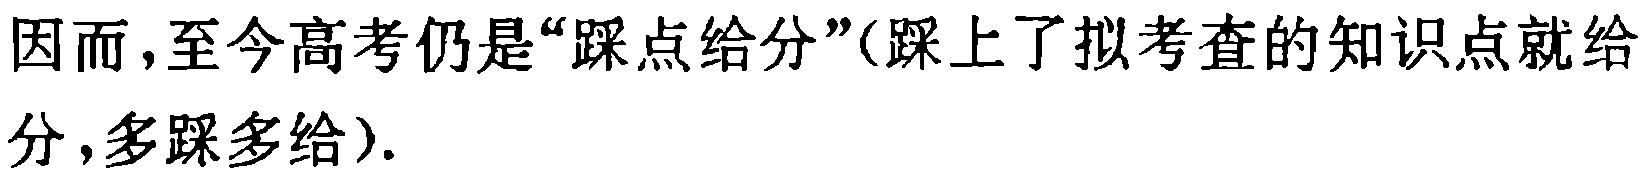
因而,至今高考仍是“踩点给分”(踩上了拟考查的知识点就给分,多踩多给).